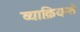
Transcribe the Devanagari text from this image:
व्याक्रियन्ते